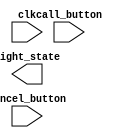
`timescale 1ns / 1ps
//////////////////////////////////////////////////////////////////////////////////
// Company: 
// Engineer: 
// 
// Design Name: 
// Module Name: flight_attendednt_call_system
// Project Name: 
// Target Devices: 
// Tool Versions: 
// Description: 
// 
// Dependencies: 
// 
// Revision:
// Revision 0.01 - File Created
// Additional Comments:
// 
//////////////////////////////////////////////////////////////////////////////////


module flight_attendednt_call_system(
    input clk,
    input call_button,
    input cancel_button,
    output light_state
    );
    
reg next_state;
    
    
//combinational block
always @(*) begin
    case({call_button, cancel_button, light_state})
    3'b000 : next_state = 1'b0;
    3'b001 : next_state = 1'b1;
    3'b010 : next_state = 1'b0;
    3'b011 : next_state = 1'b0;
    3'b100 : next_state = 1'b1;
    3'b101 : next_state = 1'b1;
    3'b110 : next_state = 1'b1;
    3'b111 : next_state = 1'b1;
    default : next_state = 1'b0;
    endcase
end
        
endmodule